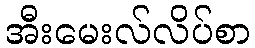
အီးမေးလ်လိပ်စာ